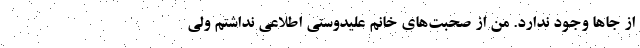
از جاها وجود ندارد. من از صحبت‌های خانم علیدوستی اطلاعی نداشتم ولی